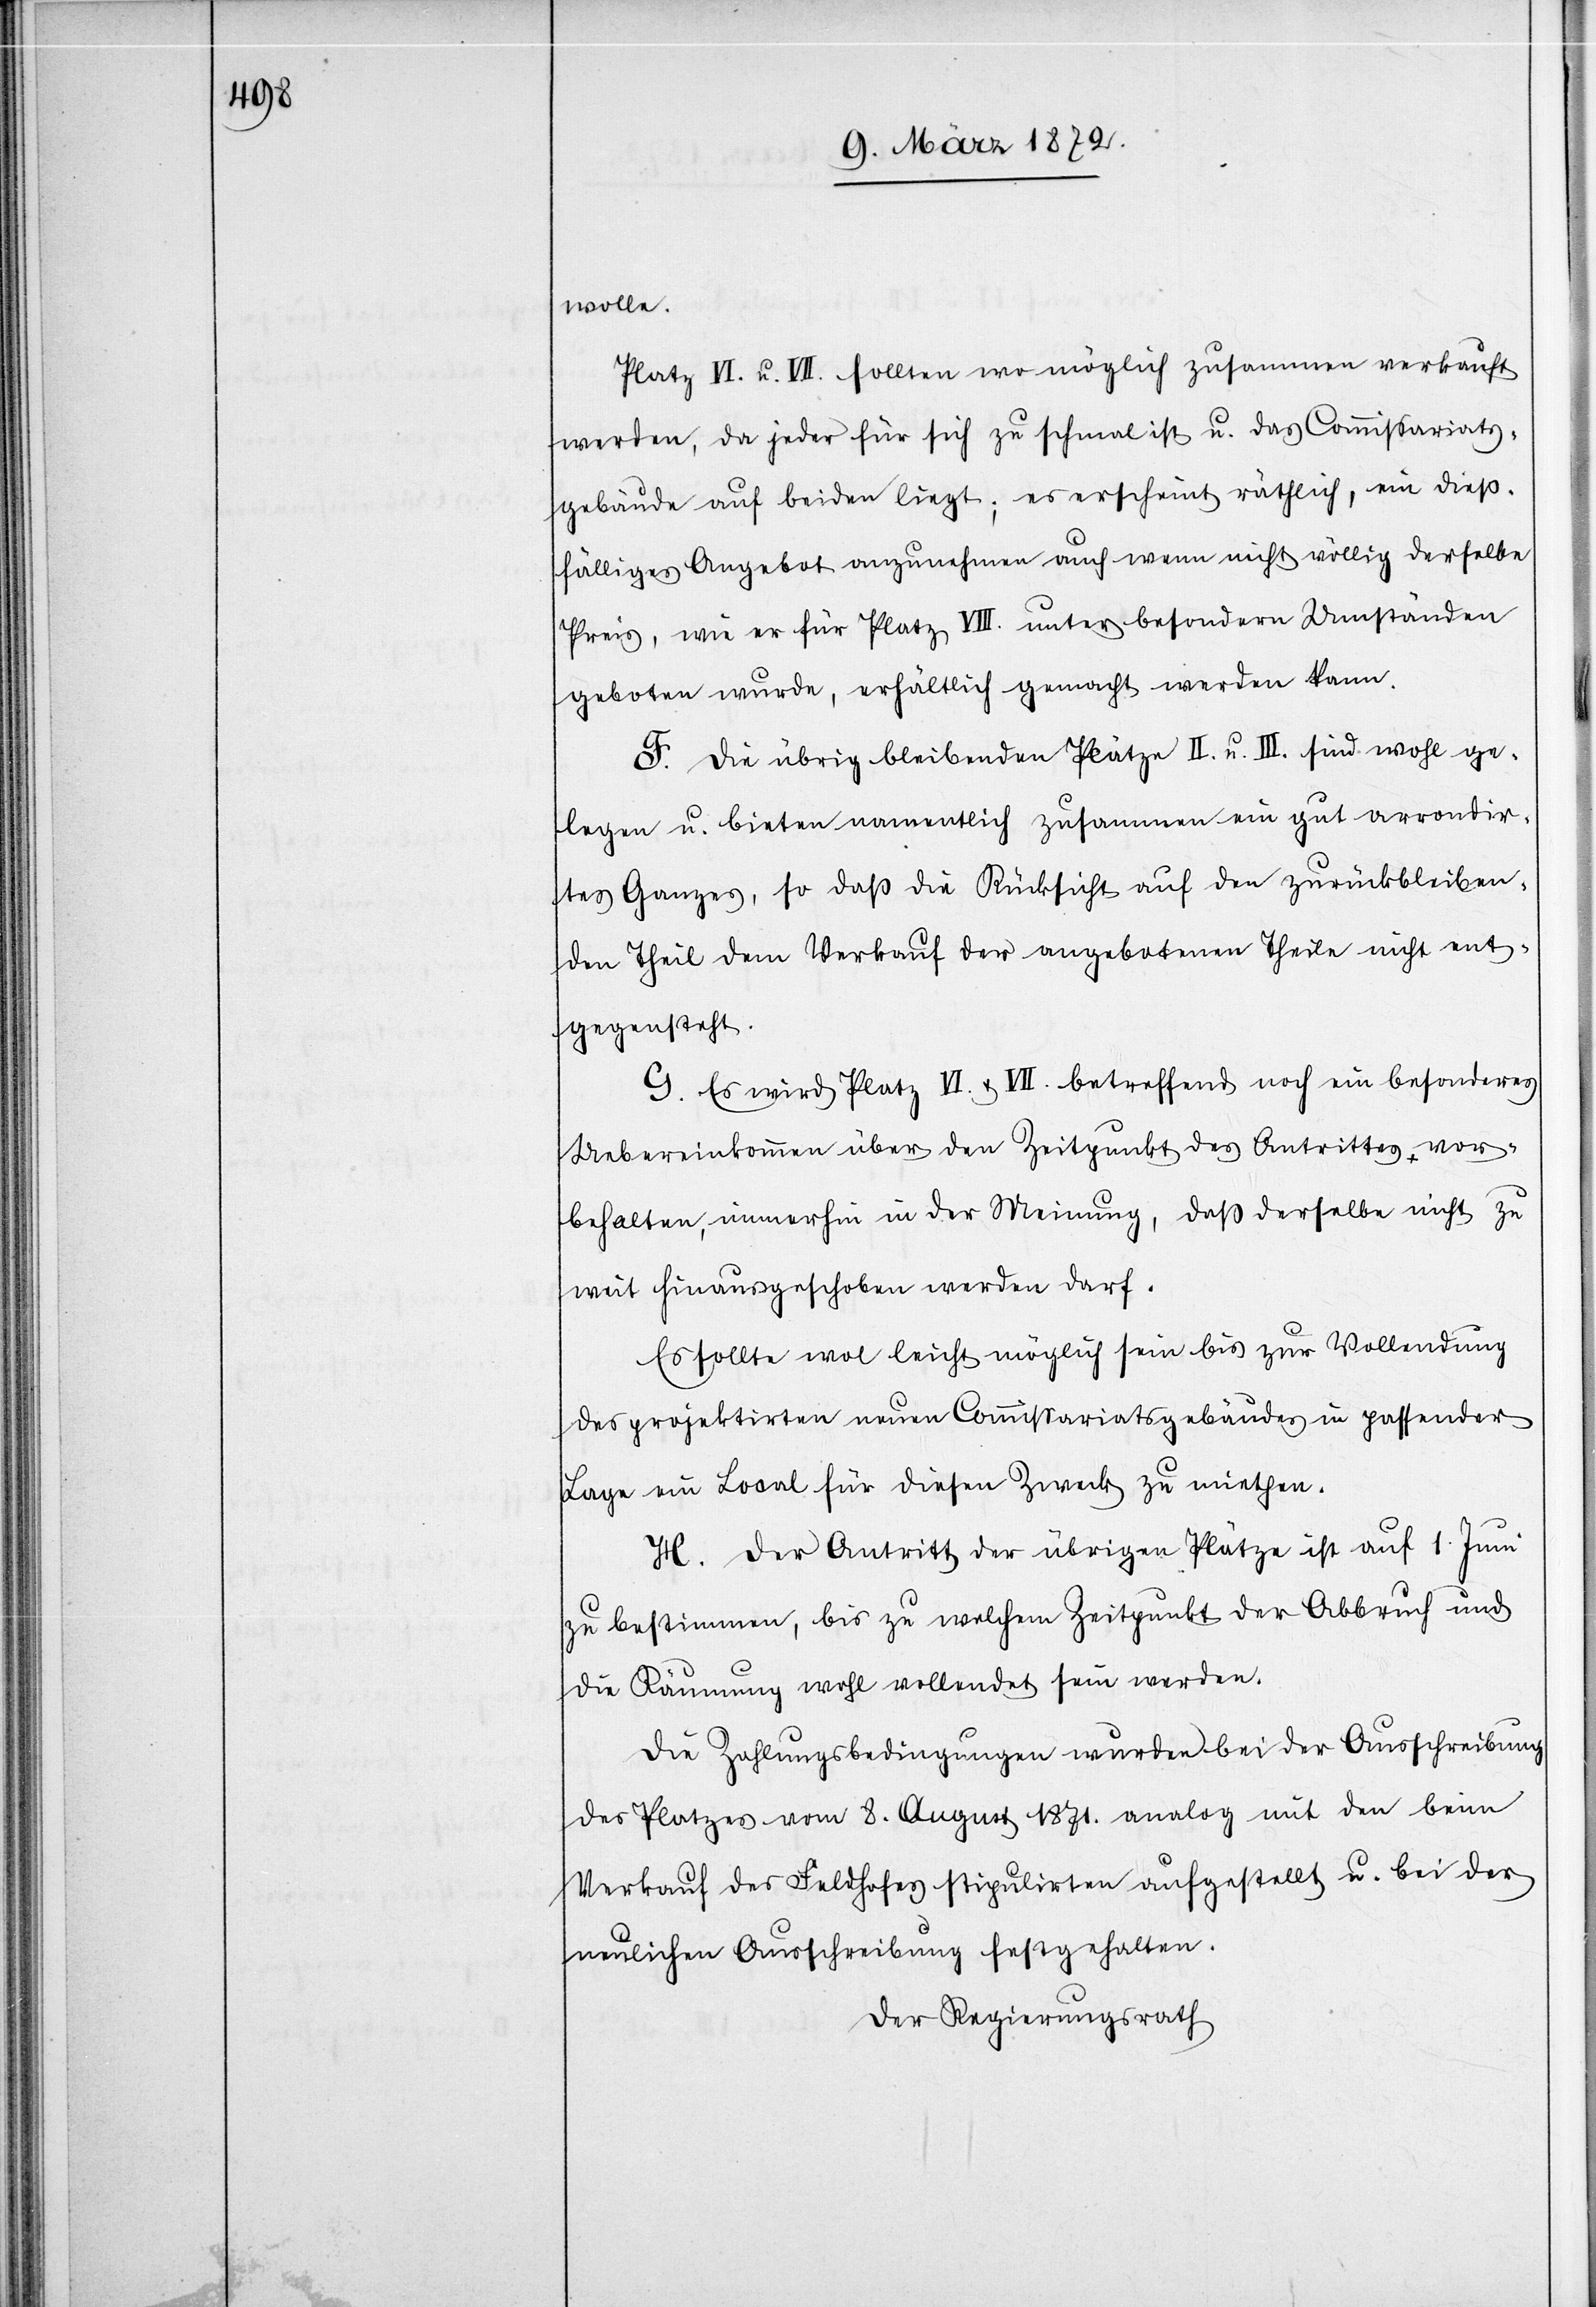
wolle.
Platz VI. u. VII. sollten wo möglich zusammen verkauft
werden, da jeder für sich zu schmal ist u. das Commissariats¬
gebäude auf beiden liegt; es erscheint räthlich, ein dieß¬
fälliges Angebot anzunehmen auch wenn nicht völlig derselbe
Peis, wie er für Platz VIII. unter besondern Umständen
geboten wurde, erhältlich gemacht werden kann.
F. Die übrig bleibenden Plätze II. u. III. sind wohl ge¬
legen u. bieten namentlich zusammen ein gut arrondir¬
tes Ganzes, so daß die Rücksicht auf den zurückbleiben¬
den Theil dem Verkauf der angebotenen Theile nicht ent¬
gegensteht.
G. Es wird Platz VI. u. VII. betreffend noch ein besonderes
Uebereinkommen über den Zeitpunkt des Antrittes vor¬
behalten, immerhin in der Meinung, daß derselbe nicht zu
weit hinausgeschoben werden darf.
Es sollte wol leicht möglich sein zur Vollendung
des projektriten neuen Commissariatsgebäudes in passender
Lage ein Local für diesen Zweck zu miethen.
H. Der Antritt der übrigen Plätze ist auf 1. Juni
zu bestimmen, bis zu welchem Zeitpunkte der Abbruch und
die Räumung wohl vollendet sein werden.
Die Zahlungsbedingungen wurden bei der Ausschreibung
des Platzes vom 8. August 1871. analog mit den beim
Verkauf des Feldhofes stipulirten aufgestellt u. bei der
neulichen Ausschreibung festgehalten.
Der Regierungsrath